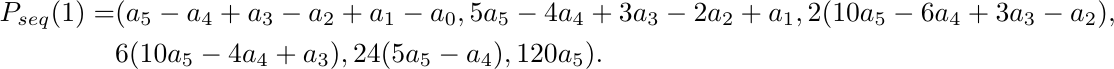
\begin{align*}
P_{seq} (1)=& (a_5-a_4+a_3-a_2+a_1-a_0,5a_5-4a_4+3a_3-2a_2+a_1,
2(10a_5-6a_4+3a_3-a_2),\\ & 6(10a_5-4a_4+a_3),24(5a_5-a_4),120a_5).
\end{align*}